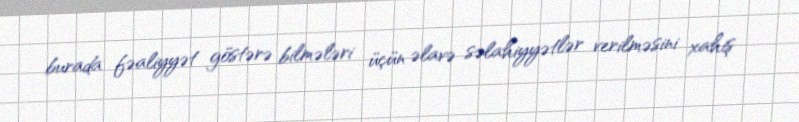
burada fəaliyyət göstərə bilmələri üçün əlavə səlahiyyətlər verilməsini xahiş